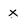
Character: x